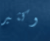
وكثير